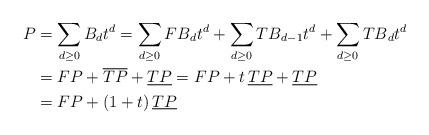
LaTeX: \begin{align*}P &=\sum_{d\geq 0}B_d t^d=\sum_{d\geq 0}{FB}_d t^d+\sum_{d\geq 0}{TB}_{d-1} t^d+\sum_{d\geq 0}{TB}_d t^d\\&=FP+\overline{TP}+\underline{TP}=FP+t\,\underline{TP}+\underline{TP}\\&=FP+(1+t)\,\underline{TP}\end{align*}